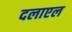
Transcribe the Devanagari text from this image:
दलाएल